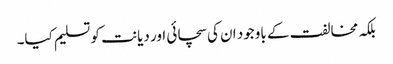
بلکہ مخالفت کے باوجود ان کی سچائی اور دیانت کو تسلیم کیا۔